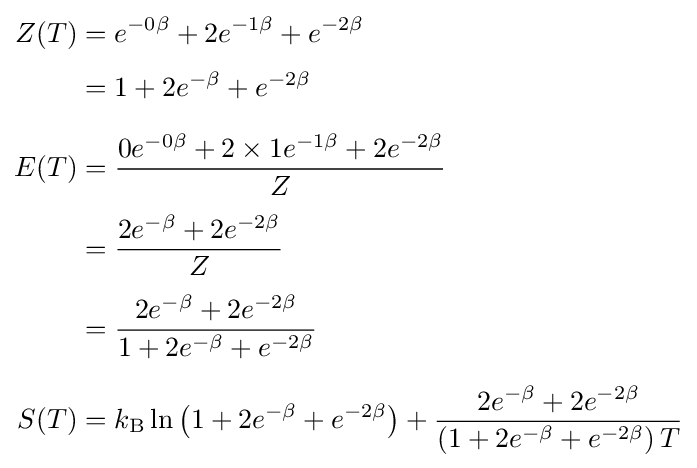
{\begin{aligned}Z(T)&=e^{-0\beta }+2e^{-1\beta }+e^{-2\beta }\\[3pt]&=1+2e^{-\beta }+e^{-2\beta }\\[6pt]E(T)&={\frac {0e^{-0\beta }+2\times 1e^{-1\beta }+2e^{-2\beta }}{Z}}\\[3pt]&={\frac {2e^{-\beta }+2e^{-2\beta }}{Z}}\\[3pt]&={\frac {2e^{-\beta }+2e^{-2\beta }}{1+2e^{-\beta }+e^{-2\beta }}}\\[6pt]S(T)&=k_{\text{B}}\ln \left(1+2e^{-\beta }+e^{-2\beta }\right)+{\frac {2e^{-\beta }+2e^{-2\beta }}{\left(1+2e^{-\beta }+e^{-2\beta }\right)T}}\end{aligned}}